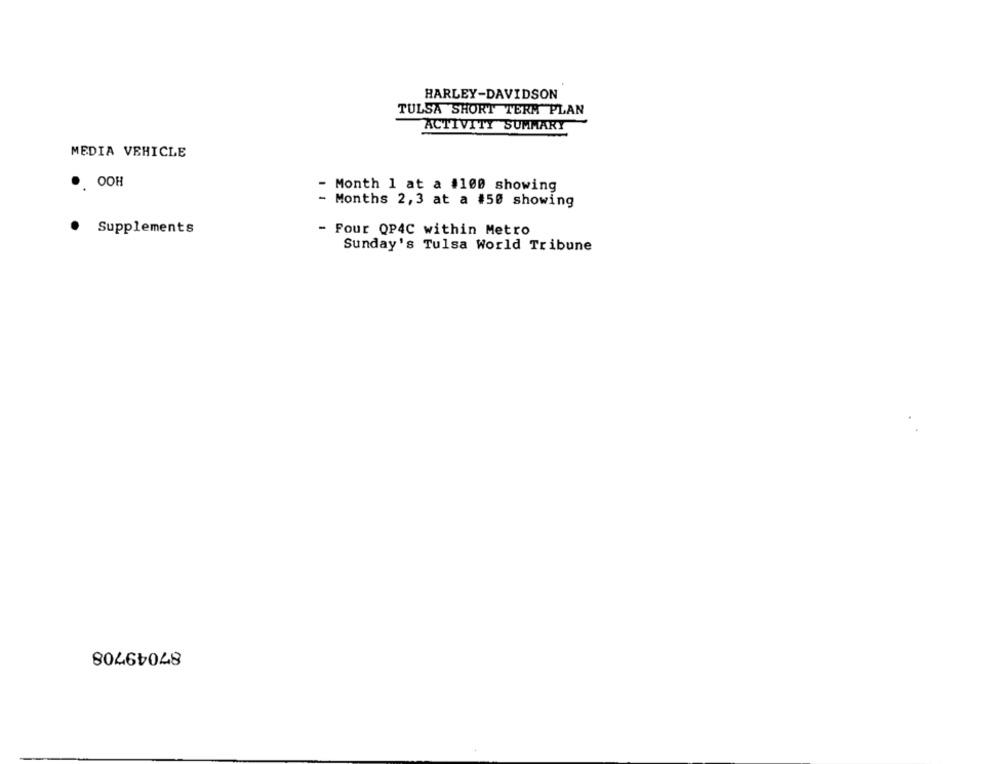
HARLEY-DAVIDSON
TULSA SHORT TERM PLAN
ACTIVITY SUMMARY
MEDIA VEHICLE
OOH
- Month 1 at a #100 showing
- Months 2,3 at a #50 showing
Supplements
- Four QP4C within Metro
Sunday's Tulsa World Tribune
87049708